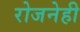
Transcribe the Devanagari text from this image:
रोजनेही